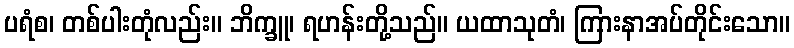
ပရံစ၊ တစ်ပါးတုံလည်း။ ဘိက္ခူ၊ ရဟန်းတို့သည်။ ယထာသုတံ၊ ကြားနာအပ်တိုင်းသော။